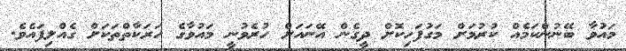
މައުވާ ބޭނުންކަމެއް ކުރުމަށް މަގުފަހިކޮށް ދީގެން އޭނައަށް ހުރެވުނީ މައުވާގެ ހަރަކާތްތަކަށް ގެއްލިފައެވެ.